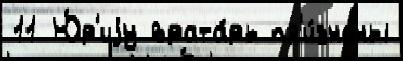
11 Ю́р'иjу врата́рь пр'и́знаны